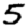
Digit: 5